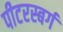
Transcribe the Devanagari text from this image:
पीटरस्बर्ग